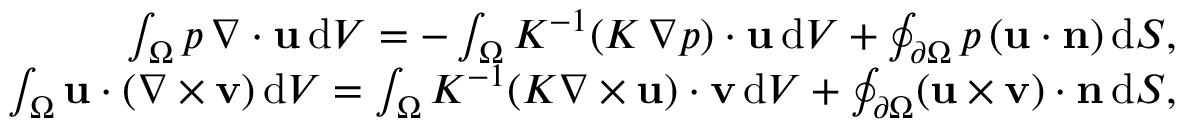
\begin{array} { r l r } & { } & { \int _ { \Omega } p \, \nabla \cdot { \mathbf u } \, \mathrm { d } V = - \int _ { \Omega } K ^ { - 1 } ( K \, \nabla p ) \cdot \mathbf { u } \, \mathrm { d } V + \oint _ { \partial \Omega } p \, ( \mathbf { u } \cdot \mathbf { n } ) \, \mathrm { d } S , } \\ & { } & { \int _ { \Omega } \mathbf { u } \cdot ( \nabla \times \mathbf { v } ) \, \mathrm { d } V = \int _ { \Omega } K ^ { - 1 } ( K \nabla \times \mathbf { u } ) \cdot \mathbf { v } \, \mathrm { d } V + \oint _ { \partial \Omega } ( \mathbf { u } \times \mathbf { v } ) \cdot \mathbf { n } \, \mathrm { d } S , } \end{array}